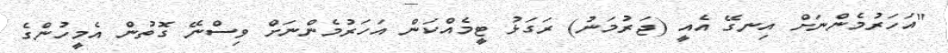
"އަހަރުމެންނަށް އިނގޭ އެއީ (ޖަރުމަނު) ރަގަޅު ޓީމެއްކަން އަހަރުމެންނަށް ވިސްނޭ ގޮތުން އެމީހުންގެ